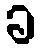
ခ